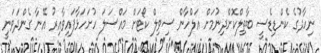
ނިހާދުގެ ކެންޑިޑެސީ ބާތިލްކޮށްދިނުމަށް އަލްހާން ސިވިލް ކޯޓަށް މައްސަލަ ހުށަހަޅާފައިވާއިރު އޭނާ ގެންދަވަނީ